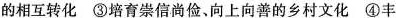
的相互转化 ③培育崇信尚俭、向上向善的乡村文化 ④丰